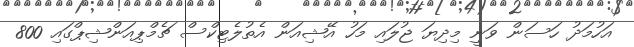
އަހުމަދު ހަސަން ވަނީ މިދިޔަ ޖުލައި މަހު އޭޝިއަން އެތުލެޓިކްސް ޗެމްޕިއަންޝިޕްގައި 800